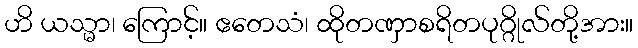
ဟိ ယသ္မာ၊ ကြောင့်။ ဧတေသံ၊ ထိုတဏှာစရိတပုဂ္ဂိုလ်တို့အား။